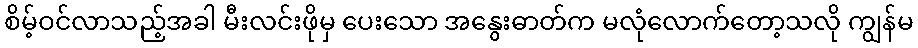
စိမ့်ဝင်လာသည့်အခါ မီးလင်းဖိုမှ ပေးသော အနွေးဓာတ်က မလုံလောက်တော့သလို ကျွန်မ